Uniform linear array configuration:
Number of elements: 16
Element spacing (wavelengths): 0.5
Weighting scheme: exponential
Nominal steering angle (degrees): -15
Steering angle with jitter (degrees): -15.691
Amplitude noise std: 0.05
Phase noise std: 0.05

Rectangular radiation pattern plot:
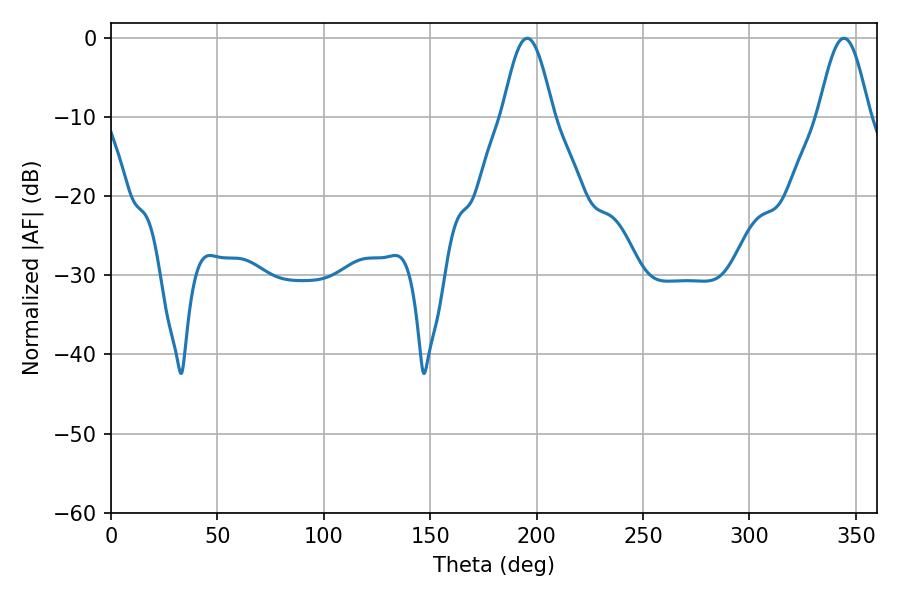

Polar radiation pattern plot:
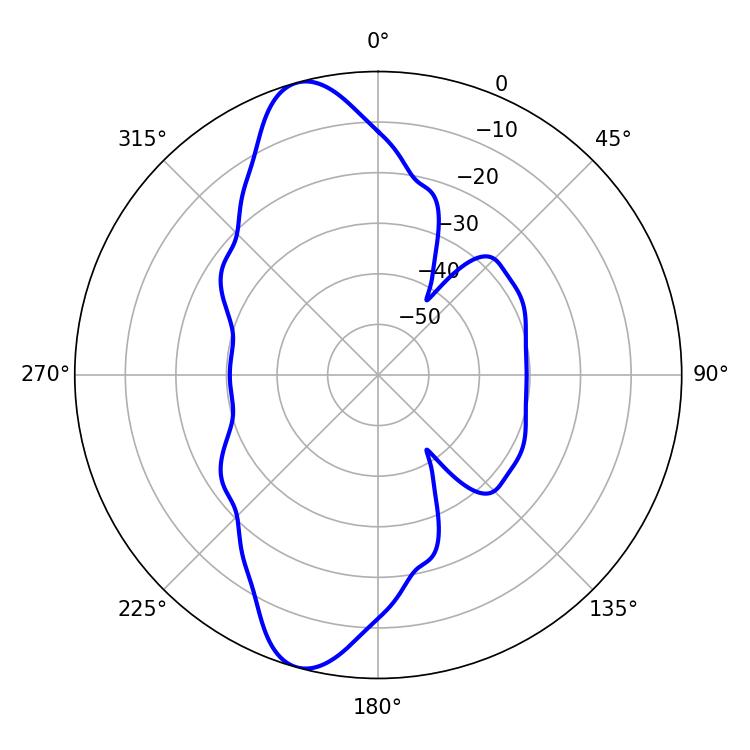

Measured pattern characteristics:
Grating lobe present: FALSE
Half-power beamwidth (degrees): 12.78
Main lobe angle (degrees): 195.48